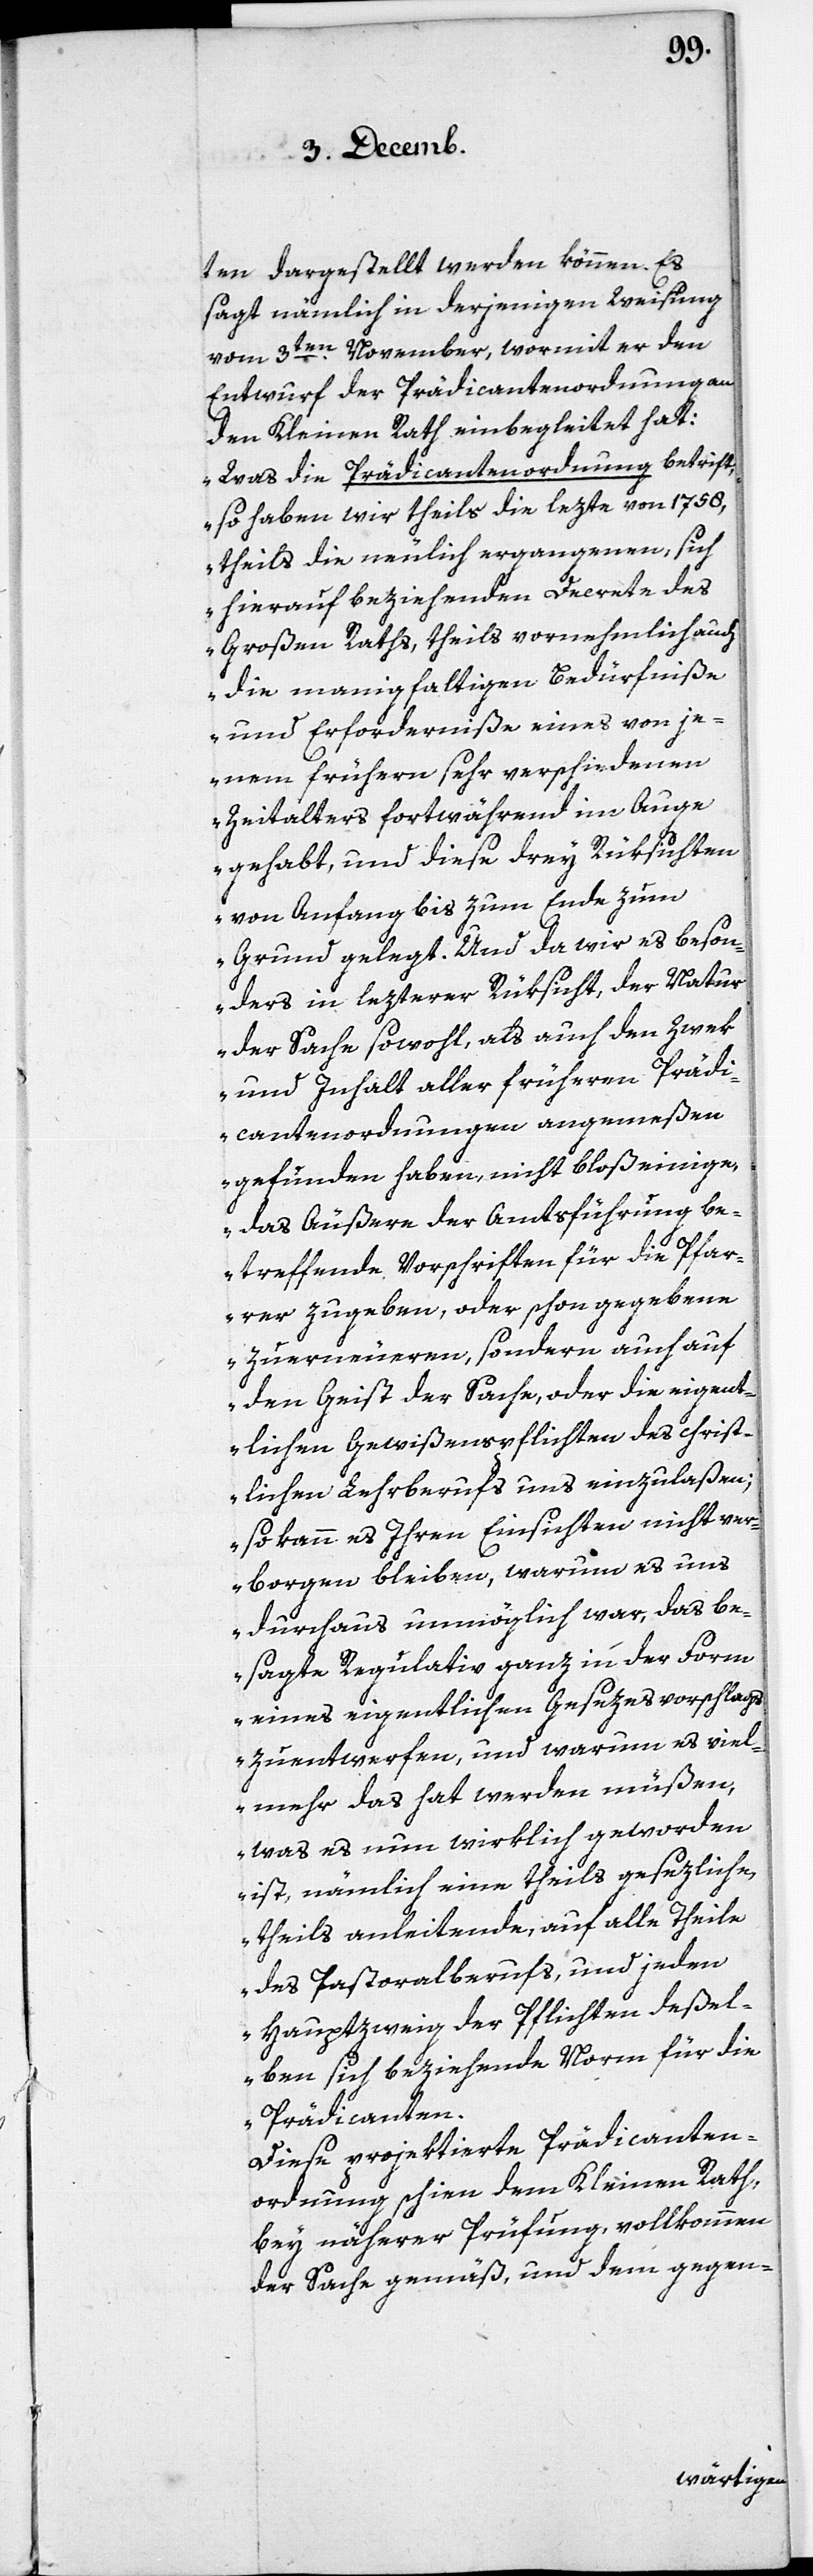
ten dargestellt werden können. Es
sagt nämlich in derjenigen Weisung
vom 3ten. November, wormit er den
Entwurf der Prädicantenordnung an
den Kleinen Rath einbegleitet hat:
„Was die Prädicantenordnung betrift,
so haben wir theils die lezte von 1758,
theils die neulich ergangenen, sich
hierauf beziehenden Decrete des
Großen Rats, theils vornehmlich auch
die manigfaltigen Bedürfniße
und Erforderniße eines von je¬
nem frühern sehr verschiedenen
Zeitalters fortwährend im Auge
gehabt, und diese drey Rüksichten
von Anfang bis zum Ende zum
Grund gelegt. Und da wir es beson¬
ders in lezterer Rüksicht, der Natur
der Sache sowohl, als auch den Zwek
und Inhalt aller früheren Prädi¬
cantenordnungen angemeßen
gefunden haben, nicht bloß einige,
das Äußere der Amtsführung be¬
treffende Vorschriften für die Pfar¬
rer zugeben, oder schon gegebene
zuerneueren, sondern auch auf
den Geist der Sache, oder die eigent¬
lichen Gewißenspflichten des christ¬
lichen Lehrberufs uns einzulaßen;
so kann es Ihren Einsichten nicht ver¬
borgen bleiben, warum es uns
durchaus unmöglich war, das be¬
sagte Regulativ ganz in der Form
eines eigentlichen Gesezesvorschlags
zuentwerfen, und warum es viel¬
mehr das hat werden müßen,
was es nun wirklich geworden
ist, nämlich eine theils gesezliche,
theils anleitende, auf alle Theile
des Pastoralberufs, und jeden
Haupzweig der Pflichten deßel¬
ben sich beziehende Norm für die
Prädicanten.“
Diese projektierte Prädicanten¬
ordnung schien dem Kleinen Rath
bey näherer Prüfung, vollkommen
der Sache gemäß, und dem gegen-